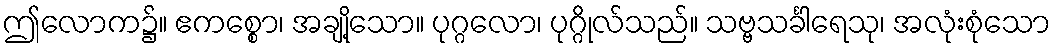
ဤလောက၌။ ဧကစ္စော၊ အချို့သော။ ပုဂ္ဂလော၊ ပုဂ္ဂိုလ်သည်။ သဗ္ဗသင်္ခါရေသု၊ အလုံးစုံသော